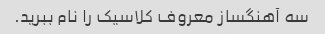
سه آهنگساز معروف کلاسیک را نام ببرید.